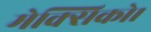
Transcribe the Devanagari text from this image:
मेक्सिको।